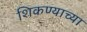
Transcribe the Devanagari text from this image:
शिकण्याच्‍या